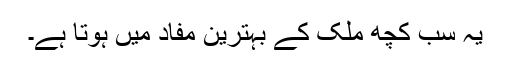
یہ سب کچھ ملک کے بہترین مفاد میں ہوتا ہے۔